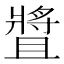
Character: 𤖛